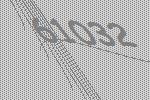
61032